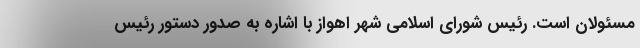
مسئولان است. رئیس شورای اسلامی شهر اهواز با اشاره به صدور دستور رئیس